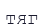
тяг